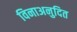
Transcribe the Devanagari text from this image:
विनाअनुदित